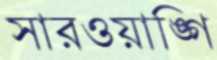
সারওয়াঙ্গি